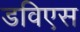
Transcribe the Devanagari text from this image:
डविएस